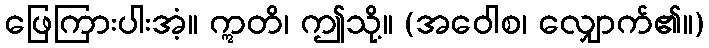
ဖြေကြားပါးအံ့။ ဣတိ၊ ဤသို့။ (အဝေါစ၊ လျှောက်၏။)